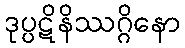
ဒုပ္ပဋိနိဿဂ္ဂိနော